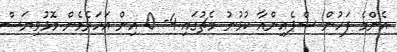
އެންމެ ފަހުން ސްޕެއިންއާ ކުޅުނު މެޗުގައި 4- 0 އިން އަހަރެމެން މޮޅުވިޔަސް